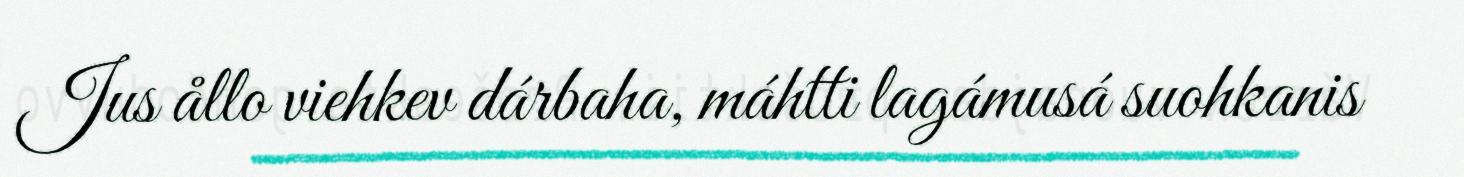
Jus ållo viehkev dárbaha, máhtti lagámusá suohkanis